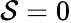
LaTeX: \mathcal{S}=0